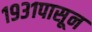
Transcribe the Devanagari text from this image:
१९३१पासून